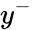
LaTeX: y^{-}